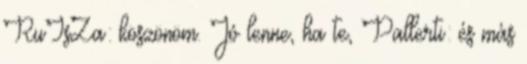
RuIsZa: köszönöm. Jó lenne, ha te, Pallerti: és más